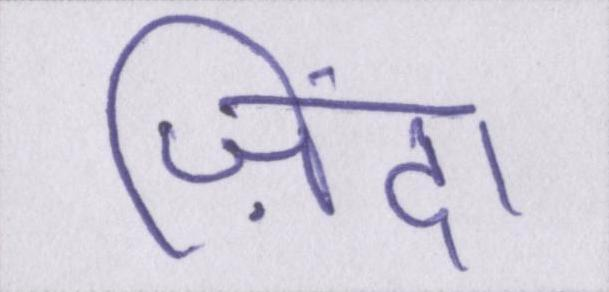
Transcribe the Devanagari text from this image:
ज़िंदा